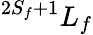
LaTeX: ^{2{S}_{f}+1}{L}_{f}